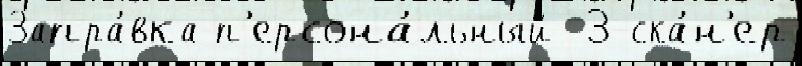
Запра́вка п'ерсона́льный  3-ска́н'ер